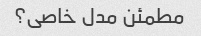
مطمئن مدل خاصی؟